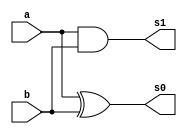
// --Pontificia Universidade Catolica de Minas Gerais
// -- Guia 05 - 30/08/2010
// -- Nome: Jonathan Felipe Xavier	Matricula: 415704

module Half_adder (s1,s0,a,b);
input a,b;
output s0,s1;
xor XOR1 (s0,a,b);
and AND1 (s1,a,b);
endmodule //criaco do circuito meia soma

module Adder (s1,s0,a,b,c);
input a,b,c;
output s0,s1;
wire q0,q1,q3;
Half_adder HA1 (q1,q0,a,b);
Half_adder HA2 (q3,s0,c,q0);
or OR1 (s1,q1,q3);
endmodule

module Adder_3bit (s3,s2,s1,s0,a0,a1,a2,b0,b1,b2);
output s3,s2,s1,s0;
input a0,a1,a2,b0,b1,b2;
wire q0,q1;
Half_adder HA3(q0,s0,a0,b0);
Adder A1 (q1,s1,a1,b1,q0);
Adder A2 (s3,s2,a2,b2,q1);
endmodule

module Teste ;
reg a0,a1,a2,b0,b1,b2;
wire s0,s1,s2,s3;
Adder_3bit A31(s3,s2,s1,s0,a0,a1,a2,b0,b1,b2);
initial begin : start
a0=0; a1=0; a2=0; b0=0; b1=0; b2=0;
end

initial begin: main
$display ("Nome: Jonathan Felipe Xavier 	Matricula:415704");
$display ("Circuito somador de pares de tres bits");
$display ("\n a0 | a1 | a2 | b0 | b1 | b2 | = | s3 | s2 | s1 | s0 |");
$monitor (" %b | %b | %b | %b | %b | %b | = | %2b | %2b | %2b | %2b |",a0,a1,a2,b0,b1,b2,s3,s2,s1,s0);
#1 a0=0; a1=1; a2=0; b0=0; b1=1; b2=0;
#1 a0=1; a1=1; a2=1; b0=1; b1=0; b2=0;
end
endmodule